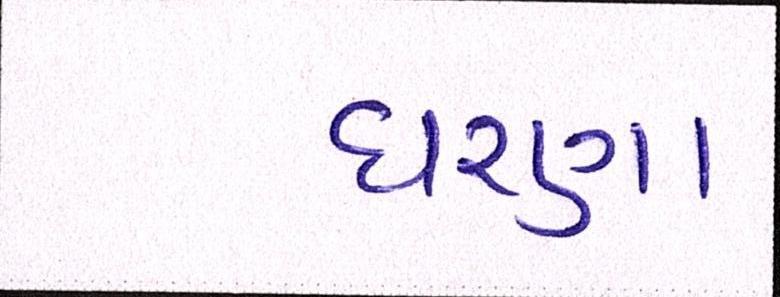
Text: ધરણા